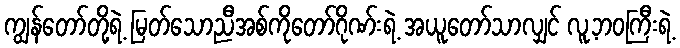
ကျွန်တော်တို့ရဲ့ မြတ်သောညီအစ်ကိုတော်ဂိုဏ်းရဲ့ အယူတော်သာလျှင် လူ့ဘဝကြီးရဲ့